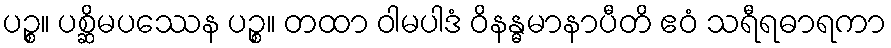
ပဉ္စ။ ပစ္ဆိမပဿေန ပဉ္စ။ တထာ ဝါမပါဒံ ဝိနန္ဓမာနာပီတိ ဧဝံ သရီရဓာရကာ